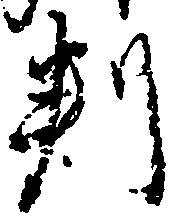
判